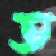
ত